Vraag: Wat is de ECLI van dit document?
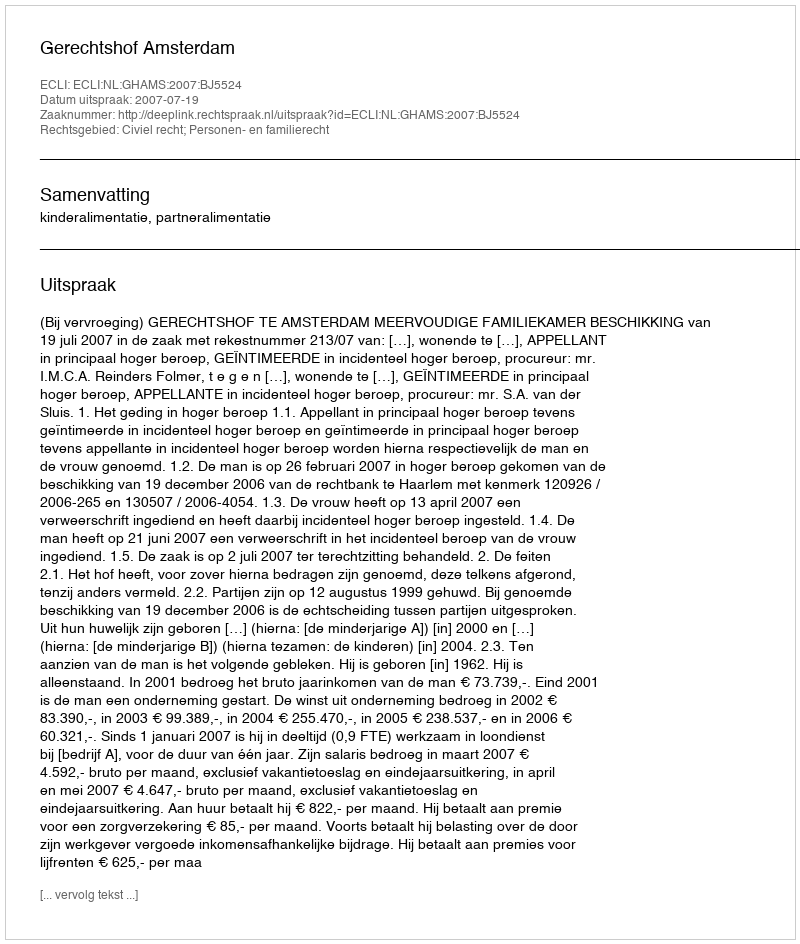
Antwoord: ECLI:NL:GHAMS:2007:BJ5524